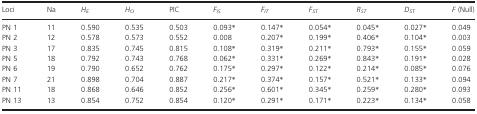
<table><thead><tr><td><b>Loci</b></td><td><b>Na</b></td><td><b><i>H</i><sub><i>E</i></sub></b></td><td><b><i>H</i><sub><i>O</i></sub></b></td><td><b>PIC</b></td><td><b><i>F</i><sub><i>IS</i></sub></b></td><td><b><i>F</i><sub><i>IT</i></sub></b></td><td><b><i>F</i><sub><i>ST</i></sub></b></td><td><b><i>R</i><sub><i>ST</i></sub></b></td><td><b><i>D</i><sub><i>ST</i></sub></b></td><td><b><i>F</i> (Null)</b></td></tr></thead><tbody><tr><td>PN 1</td><td>11</td><td>0.590</td><td>0.535</td><td>0.503</td><td>0.093*</td><td>0.147*</td><td>0.054*</td><td>0.045*</td><td>0.027*</td><td>0.049</td></tr><tr><td>PN 2</td><td>12</td><td>0.578</td><td>0.573</td><td>0.552</td><td>0.008</td><td>0.207*</td><td>0.199*</td><td>0.406*</td><td>0.104*</td><td>0.003</td></tr><tr><td>PN 3</td><td>17</td><td>0.835</td><td>0.745</td><td>0.815</td><td>0.108*</td><td>0.319*</td><td>0.211*</td><td>0.793*</td><td>0.155*</td><td>0.059</td></tr><tr><td>PN 5</td><td>18</td><td>0.792</td><td>0.743</td><td>0.768</td><td>0.062*</td><td>0.331*</td><td>0.269*</td><td>0.843*</td><td>0.191*</td><td>0.028</td></tr><tr><td>PN 6</td><td>19</td><td>0.790</td><td>0.652</td><td>0.762</td><td>0.175*</td><td>0.297*</td><td>0.122*</td><td>0.214*</td><td>0.085*</td><td>0.076</td></tr><tr><td>PN 7</td><td>21</td><td>0.898</td><td>0.704</td><td>0.887</td><td>0.217*</td><td>0.374*</td><td>0.157*</td><td>0.521*</td><td>0.133*</td><td>0.094</td></tr><tr><td>PN 11</td><td>18</td><td>0.868</td><td>0.646</td><td>0.852</td><td>0.256*</td><td>0.601*</td><td>0.345*</td><td>0.259*</td><td>0.280*</td><td>0.093</td></tr><tr><td>PN 13</td><td>13</td><td>0.854</td><td>0.752</td><td>0.854</td><td>0.120*</td><td>0.291*</td><td>0.171*</td><td>0.223*</td><td>0.134*</td><td>0.058</td></tr></tbody></table>